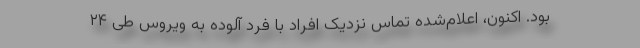
بود. اکنون، اعلام‌شده تماس نزدیک افراد با فرد آلوده به ویروس طی ۲۴